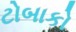
ટોબાકો